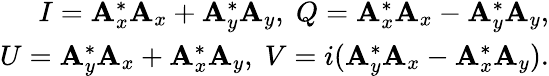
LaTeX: \begin{array}{r}{I=\mathbf{A}_{x}^{*}\mathbf{A}_{x}+\mathbf{A}_{y}^{*}\mathbf{A}_{y},\; Q=\mathbf{A}_{x}^{*}\mathbf{A}_{x}-\mathbf{A}_{y}^{*}\mathbf{A}_{y},}\\ {U=\mathbf{A}_{y}^{*}\mathbf{A}_{x}+\mathbf{A}_{x}^{*}\mathbf{A}_{y},\; V=i(\mathbf{A}_{y}^{*}\mathbf{A}_{x}-\mathbf{A}_{x}^{*}\mathbf{A}_{y}).}\end{array}